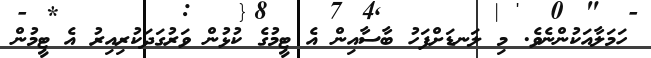
ހަމަލާއަކުންނެވެ. މި ލަނޑަށްފަހު ބާސާއިން އެ ޓީމުގެ ކުޅުން ވަރުގަދަކުރިއިރު އެ ޓީމުން